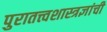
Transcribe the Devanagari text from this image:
पुरातत्त्वशास्त्रज्ञांची